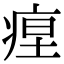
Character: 𤶚